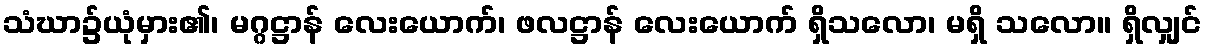
သံဃာ၌ယုံမှား၏၊ မဂ္ဂဋ္ဌာန် လေးယောက်၊ ဖလဋ္ဌာန် လေးယောက် ရှိသလော၊ မရှိ သလော။ ရှိလျှင်